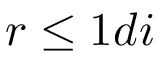
r \leq 1 d i